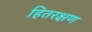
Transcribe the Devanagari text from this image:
हितरक्षण